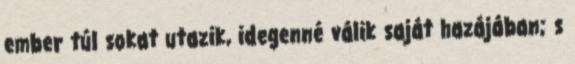
ember túl sokat utazik, idegenné válik saját hazájában; s